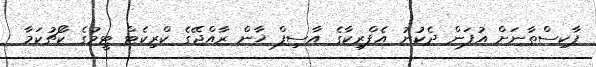
ޕާކިސްތާނަށް އުފަން ދެކުނު އެފްރިކާގެ އާސިފް ޚާން ރާއްޖޭގެ ކްރިކެޓް ޓީމުގެ ކޯޗުކަމާ